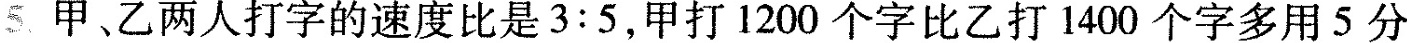
5甲、乙两人打字的速度比是3:5，甲打1200个字比乙打1400个字多用5分